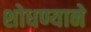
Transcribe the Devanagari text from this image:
शोधण्याने